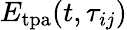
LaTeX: E_{\mathrm{tpa}}(t,\tau_{ij})